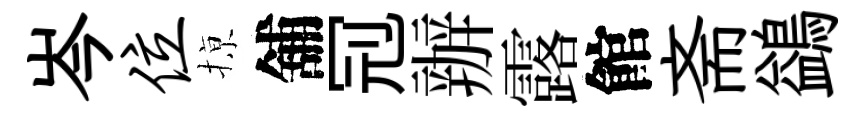
岑位𢱊舖𠜍辦露館斋鷁